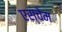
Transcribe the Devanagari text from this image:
एस्चेम